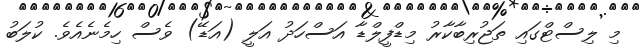
މި ލިސްޓްގައި ތަޖުރިބާކާރު މިޑްފީލްޑާ އަސްހަދު އަލީ (އަޑޭ) ވެސް ހިމެނެއެވެ. ކުލަބު